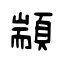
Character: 顓